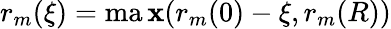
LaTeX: r_{m}(\xi)=\operatorname*{ma\mathbf{x}}(r_{m}(0)-\xi,r_{m}(R))